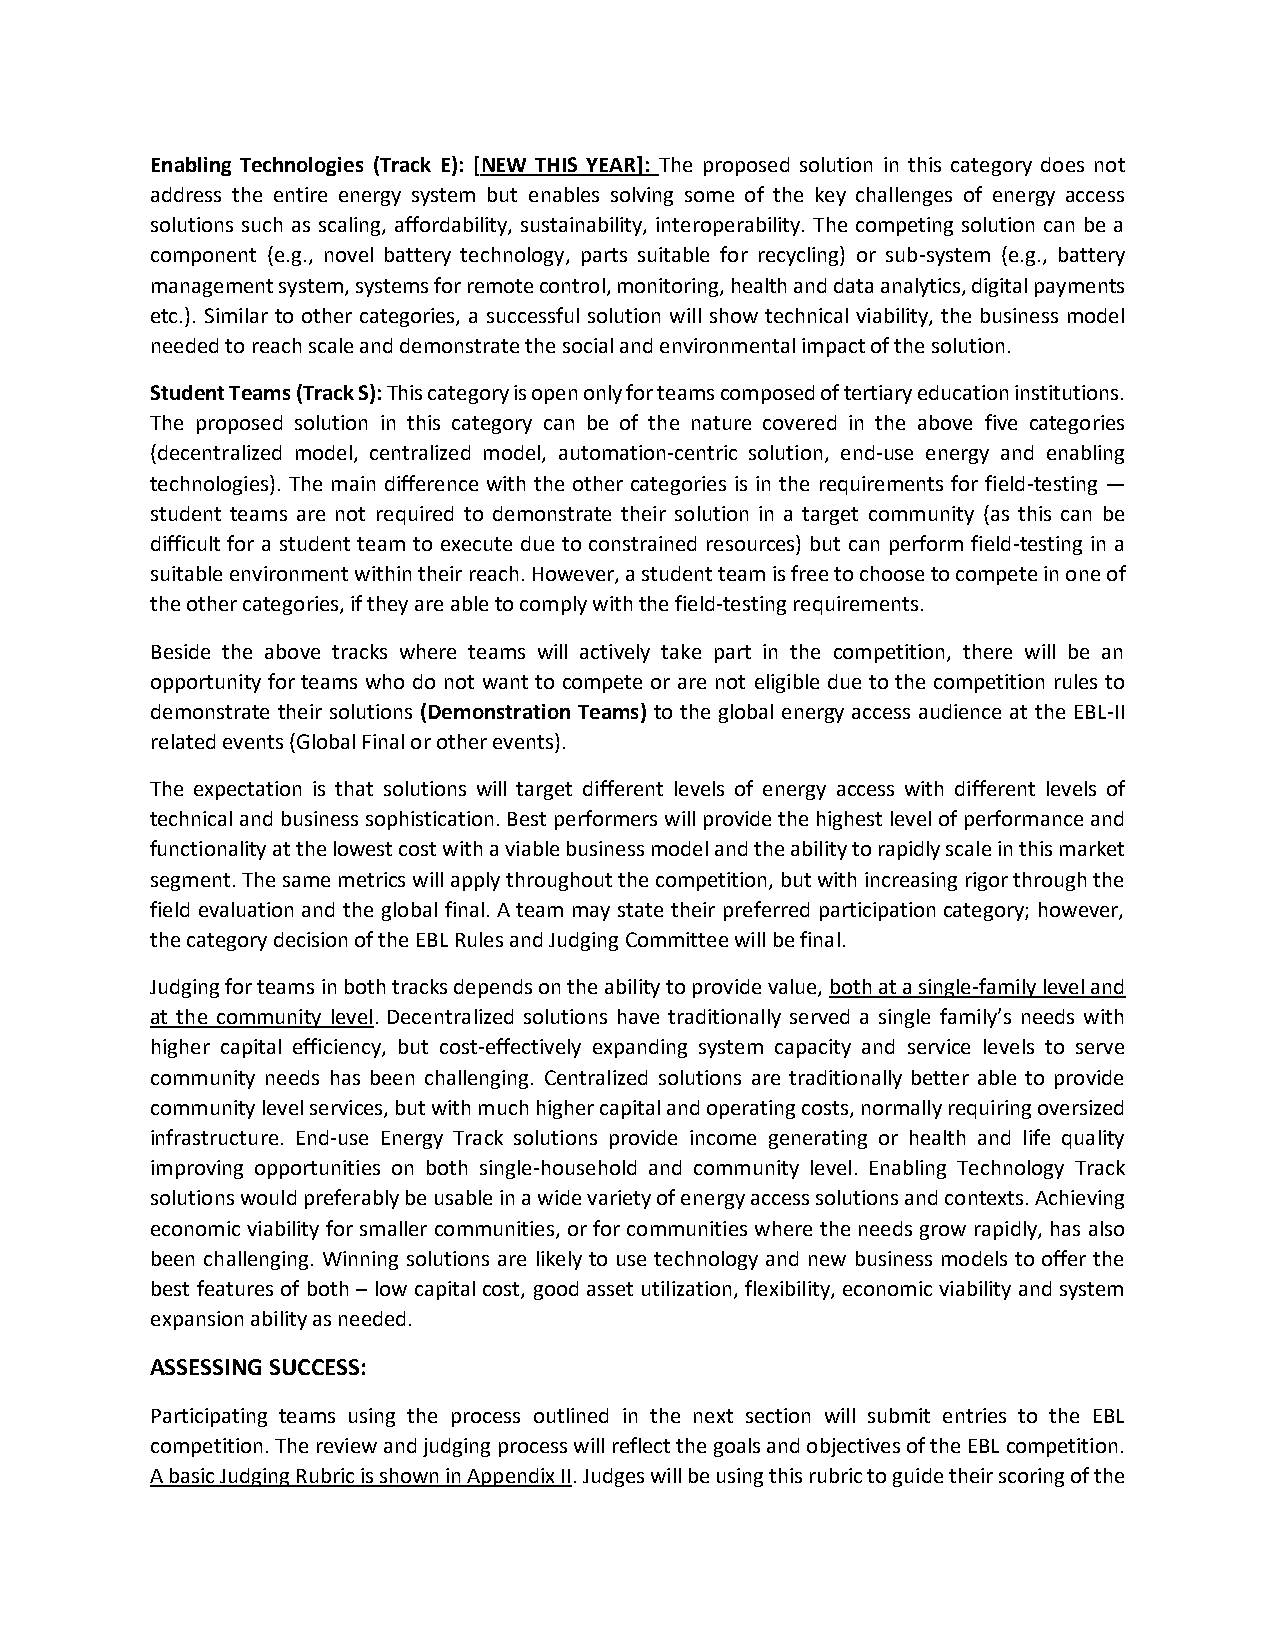
Enabling Technologies (Track E): [NEW THIS YEAR]: The proposed solution in this category does not
 address the entire energy system but enables solving some of the key challenges of energy access
 solutions such as scaling, affordability, sustainability, interoperability. The competing solution can be a
 component (e.g., novel battery technology, parts suitable for recycling) or sub-system (e.g., battery
 management system, systems for remote control, monitoring, health and data analytics, digital payments
 etc.). Similar to other categories, a successful solution will show technical viability, the business model
 needed to reach scale and demonstrate the social and environmental impact of the solution.
 Student Teams (Track S): This category is open only for teams composed of tertiary education institutions.
 The proposed solution in this category can be of the nature covered in the above five categories
 (decentralized model, centralized model, automation-centric solution, end-use energy and enabling
 technologies). The main difference with the other categories is in the requirements for field-testing —
 student teams are not required to demonstrate their solution in a target community (as this can be
 difficult for a student team to execute due to constrained resources) but can perform field-testing in a
 suitable environment within their reach. However, a student team is free to choose to compete in one of
 the other categories, if they are able to comply with the field-testing requirements.
 Beside the above tracks where teams will actively take part in the competition, there will be an
 opportunity for teams who do not want to compete or are not eligible due to the competition rules to
 demonstrate their solutions (Demonstration Teams) to the global energy access audience at the EBL-II
 related events (Global Final or other events).
 The expectation is that solutions will target different levels of energy access with different levels of
 technical and business sophistication. Best performers will provide the highest level of performance and
 functionality at the lowest cost with a viable business model and the ability to rapidly scale in this market
 segment. The same metrics will apply throughout the competition, but with increasing rigor through the
 field evaluation and the global final. A team may state their preferred participation category; however,
 the category decision of the EBL Rules and Judging Committee will be final.
 Judging for teams in both tracks depends on the ability to provide value, both at a single-family level and
 at the community level. Decentralized solutions have traditionally served a single family’s needs with
 higher capital efficiency, but cost-effectively expanding system capacity and service levels to serve
 community needs has been challenging. Centralized solutions are traditionally better able to provide
 community level services, but with much higher capital and operating costs, normally requiring oversized
 infrastructure. End-use Energy Track solutions provide income generating or health and life quality
 improving opportunities on both single-household and community level. Enabling Technology Track
 solutions would preferably be usable in a wide variety of energy access solutions and contexts. Achieving
 economic viability for smaller communities, or for communities where the needs grow rapidly, has also
 been challenging. Winning solutions are likely to use technology and new business models to offer the
 best features of both – low capital cost, good asset utilization, flexibility, economic viability and system
 expansion ability as needed.
 ASSESSING SUCCESS:
 Participating teams using the process outlined in the next section will submit entries to the EBL
 competition. The review and judging process will reflect the goals and objectives of the EBL competition.
 A basic Judging Rubric is shown in Appendix II. Judges will be using this rubric to guide their scoring of the